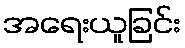
အရေးယူခြင်း